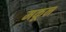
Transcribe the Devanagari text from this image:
मकून